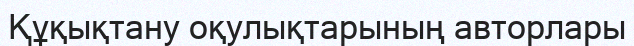
Құқықтану оқулықтарының авторлары